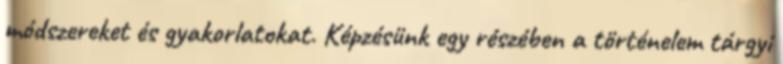
módszereket és gyakorlatokat. Képzésünk egy részében a történelem tárgyi